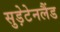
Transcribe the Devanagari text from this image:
सुड़ेटेनलैंड